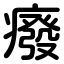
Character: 癈